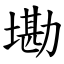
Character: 墈